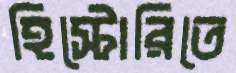
হিস্টোরিতে